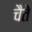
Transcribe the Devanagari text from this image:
चैते